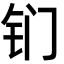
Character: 钔